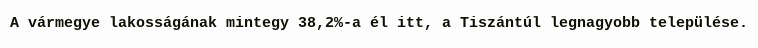
A vármegye lakosságának mintegy 38,2%-a él itt, a Tiszántúl legnagyobb települése.